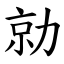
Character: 勍